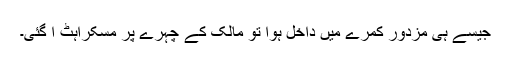
جیسے ہی مزدور کمرے میں داخل ہوا تو مالک کے چہرے پر مسکراہٹ آ گئی۔